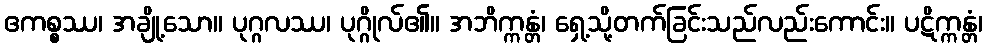
ဧကစ္စဿ၊ အချို့သော။ ပုဂ္ဂလဿ၊ ပုဂ္ဂိုလ်၏။ အဘိက္ကန္တံ၊ ရှေ့သို့တက်ခြင်းသည်လည်းကောင်း။ ပဋိက္ကန္တံ၊